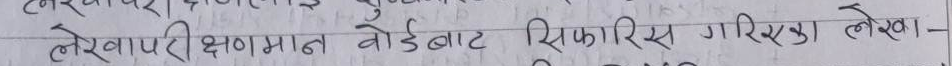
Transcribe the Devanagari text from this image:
लेखापरीक्षण मान बोर्डबाट सिफारिश गरिएका लेखा-